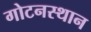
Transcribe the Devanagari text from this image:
गोटनस्थान